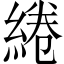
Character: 綣